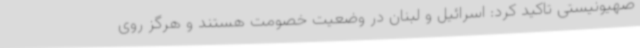
صهیونیستی تاکید کرد: اسرائیل و لبنان در وضعیت خصومت هستند و هرگز روی